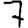
Digit: 7